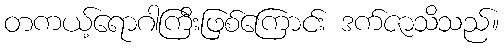
တကယ့်ရောဂါကြီးဖြစ်ကြောင်း ဒက်ဇာသိသည်။